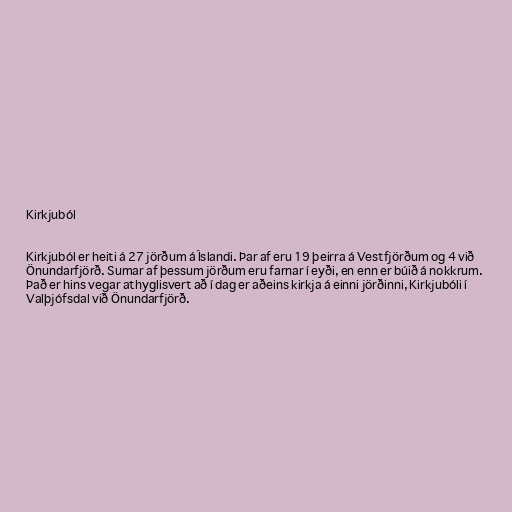
Kirkjuból

Kirkjuból er heiti á 27 jörðum á Íslandi. Þar af eru 19 þeirra á Vestfjörðum og 4 við
Önundarfjörð. Sumar af þessum jörðum eru farnar í eyði, en enn er búið á nokkrum.
Það er hins vegar athyglisvert að í dag er aðeins kirkja á einni jörðinni, Kirkjubóli í
Valþjófsdal við Önundarfjörð.